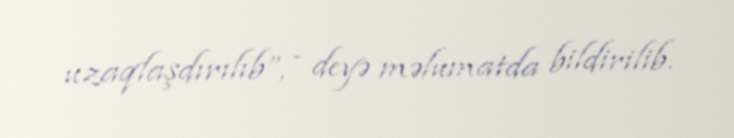
uzaqlaşdırılıb”, - deyə məlumatda bildirilib.